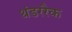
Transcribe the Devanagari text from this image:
थंडररैक